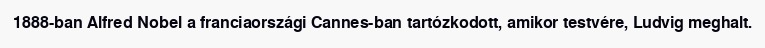
1888-ban Alfred Nobel a franciaországi Cannes-ban tartózkodott, amikor testvére, Ludvig meghalt.